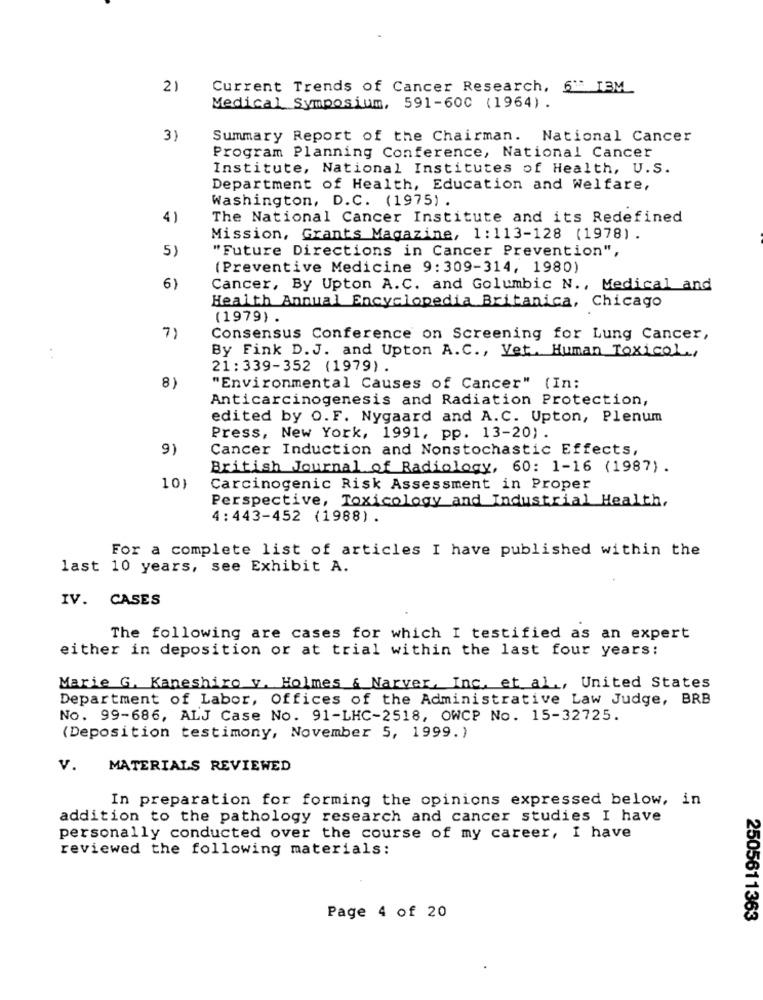
2)
Current Trends of Cancer Research, 6"" I3M
Medical Symposium, 591-600 (1964) .
3)
Summary Report of the Chairman. National Cancer
Program Planning Conference, National Cancer
Institute, National Institutes of Health, U.S.
Department of Health, Education and Welfare,
Washington, D.C. (1975) .
4)
The National Cancer Institute and its Redefined
Mission, Grants Magazine, 1:113-128 (1978).
5)
"Future Directions in Cancer Prevention",
(Preventive Medicine 9:309-314, 1980)
Cancer, By Upton A.C. and Golumbic N ., Medical and
Health Annual Encyclopedia Britanica, Chicago
(1979) .
7)
Consensus Conference on Screening for Lung Cancer,
By Fink D. J. and Upton A.C ., Yet. Human Toxicol .,
:
21:339-352 (1979).
8)
"Environmental Causes of Cancer" (In:
Anticarcinogenesis and Radiation Protection,
edited by O.F. Nygaard and A.C. Upton, Plenum
Press, New York, 1991, pp. 13-20).
9)
Cancer Induction and Nonstochastic Effects,
British Journal of Radiology, 60: 1-16 (1987) .
10}
Carcinogenic Risk Assessment in Proper
Perspective, Toxicology and Industrial Health,
4: 443-452 (1988) .
For a complete list of articles I have published within the
last 10 years, see Exhibit A.
IV. CASES
The following are cases for which I testified as an expert
either in deposition or at trial within the last four years:
Marie G. Kaneshiro v. Holmes & Narver, Inc, et al ., United States
Department of Labor, Offices of the Administrative Law Judge, BRB
No. 99-686, ALJ Case No. 91-LHC-2518, OWCP No. 15-32725.
(Deposition testimony, November 5, 1999.)
v.
MATERIALS REVIEWED
In preparation for forming the opinions expressed below, in
addition to the pathology research and cancer studies I have
personally conducted over the course of my career, I have
reviewed the following materials:
Page 4 of 20
2505611363